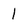
Character: 1